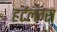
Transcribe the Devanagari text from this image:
हर्टलंग्स